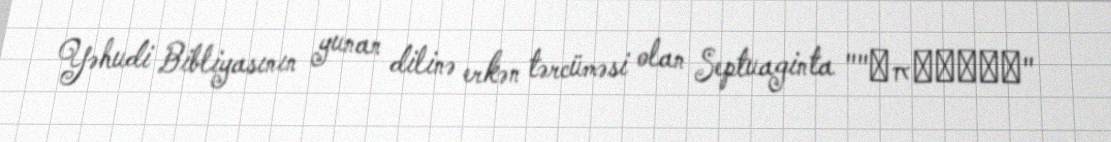
Yəhudi Bibliyasının yunan dilinə erkən tərcüməsi olan Septuaginta ""ἀπώλεια"